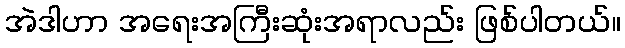
အဲဒါဟာ အရေးအကြီးဆုံးအရာလည်း ဖြစ်ပါတယ်။